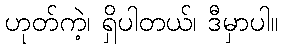
ဟုတ်ကဲ့၊ ရှိပါတယ်၊ ဒီမှာပါ။